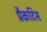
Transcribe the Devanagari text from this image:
प्रैकटिस